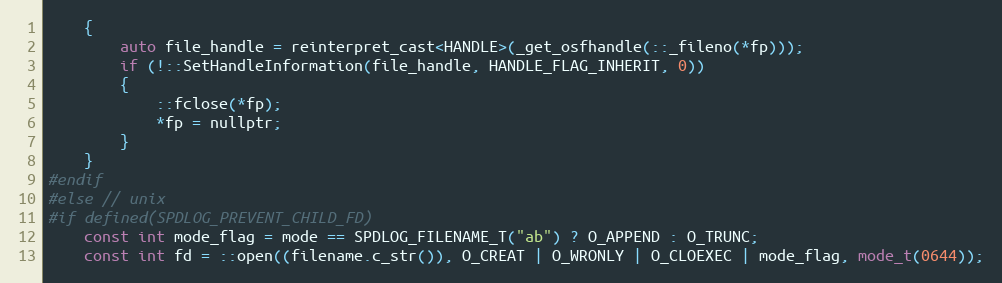
Language: C
    {
        auto file_handle = reinterpret_cast<HANDLE>(_get_osfhandle(::_fileno(*fp)));
        if (!::SetHandleInformation(file_handle, HANDLE_FLAG_INHERIT, 0))
        {
            ::fclose(*fp);
            *fp = nullptr;
        }
    }
#endif
#else // unix
#if defined(SPDLOG_PREVENT_CHILD_FD)
    const int mode_flag = mode == SPDLOG_FILENAME_T("ab") ? O_APPEND : O_TRUNC;
    const int fd = ::open((filename.c_str()), O_CREAT | O_WRONLY | O_CLOEXEC | mode_flag, mode_t(0644));